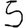
Digit: 5